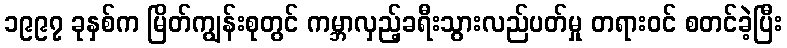
၁၉၉၇ ခုနှစ်က မြိတ်ကျွန်းစုတွင် ကမ္ဘာလှည့်ခရီးသွားလည်ပတ်မှု တရားဝင် စတင်ခဲ့ပြီး